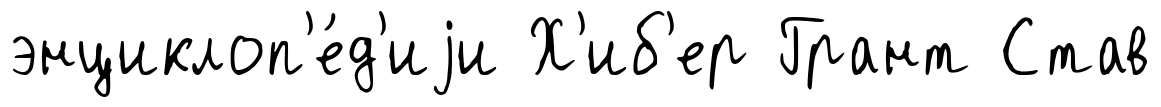
энциклоп'е́д'иjи Х'иб'ер Грант Став